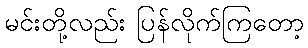
မင်းတို့လည်း ပြန်လိုက်ကြတော့